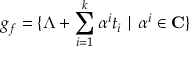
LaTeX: g _ { f } = \{ \Lambda + \sum _ { i = 1 } ^ { k } \alpha ^ { i } t _ { i } \mid \alpha ^ { i } \in { \bf C } \}